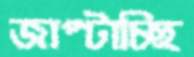
জাপ্‌টাচ্ছি